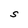
Character: S